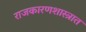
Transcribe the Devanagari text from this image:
राजकारणशास्त्रात